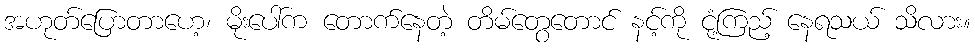
အဟုတ်ပြောတာဟေ့၊ မိုးပေါ်က တောက်နေတဲ့ တိမ်တွေတောင် နင့်ကို ငုံ့ကြည့် နေရသယ် သိလား။